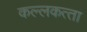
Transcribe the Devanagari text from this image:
कल्‍लकत्‍ता